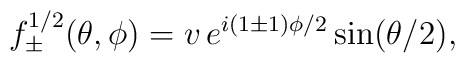
f_{\pm}^{1/2} (\theta, \phi)        =         v \, e^{i (1 \pm 1) \phi /2} \sin ( \theta/2 ),